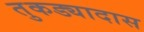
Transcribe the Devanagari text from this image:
तुकड्यादास